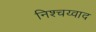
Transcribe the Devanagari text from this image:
निश्चय्वाद